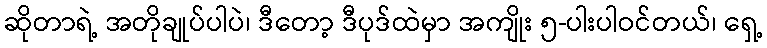
ဆိုတာရဲ့ အတိုချုပ်ပါပဲ၊ ဒီတော့ ဒီပုဒ်ထဲမှာ အကျိုး ၅-ပါးပါဝင်တယ်၊ ရှေ့